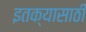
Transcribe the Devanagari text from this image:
इतक्यासाठी